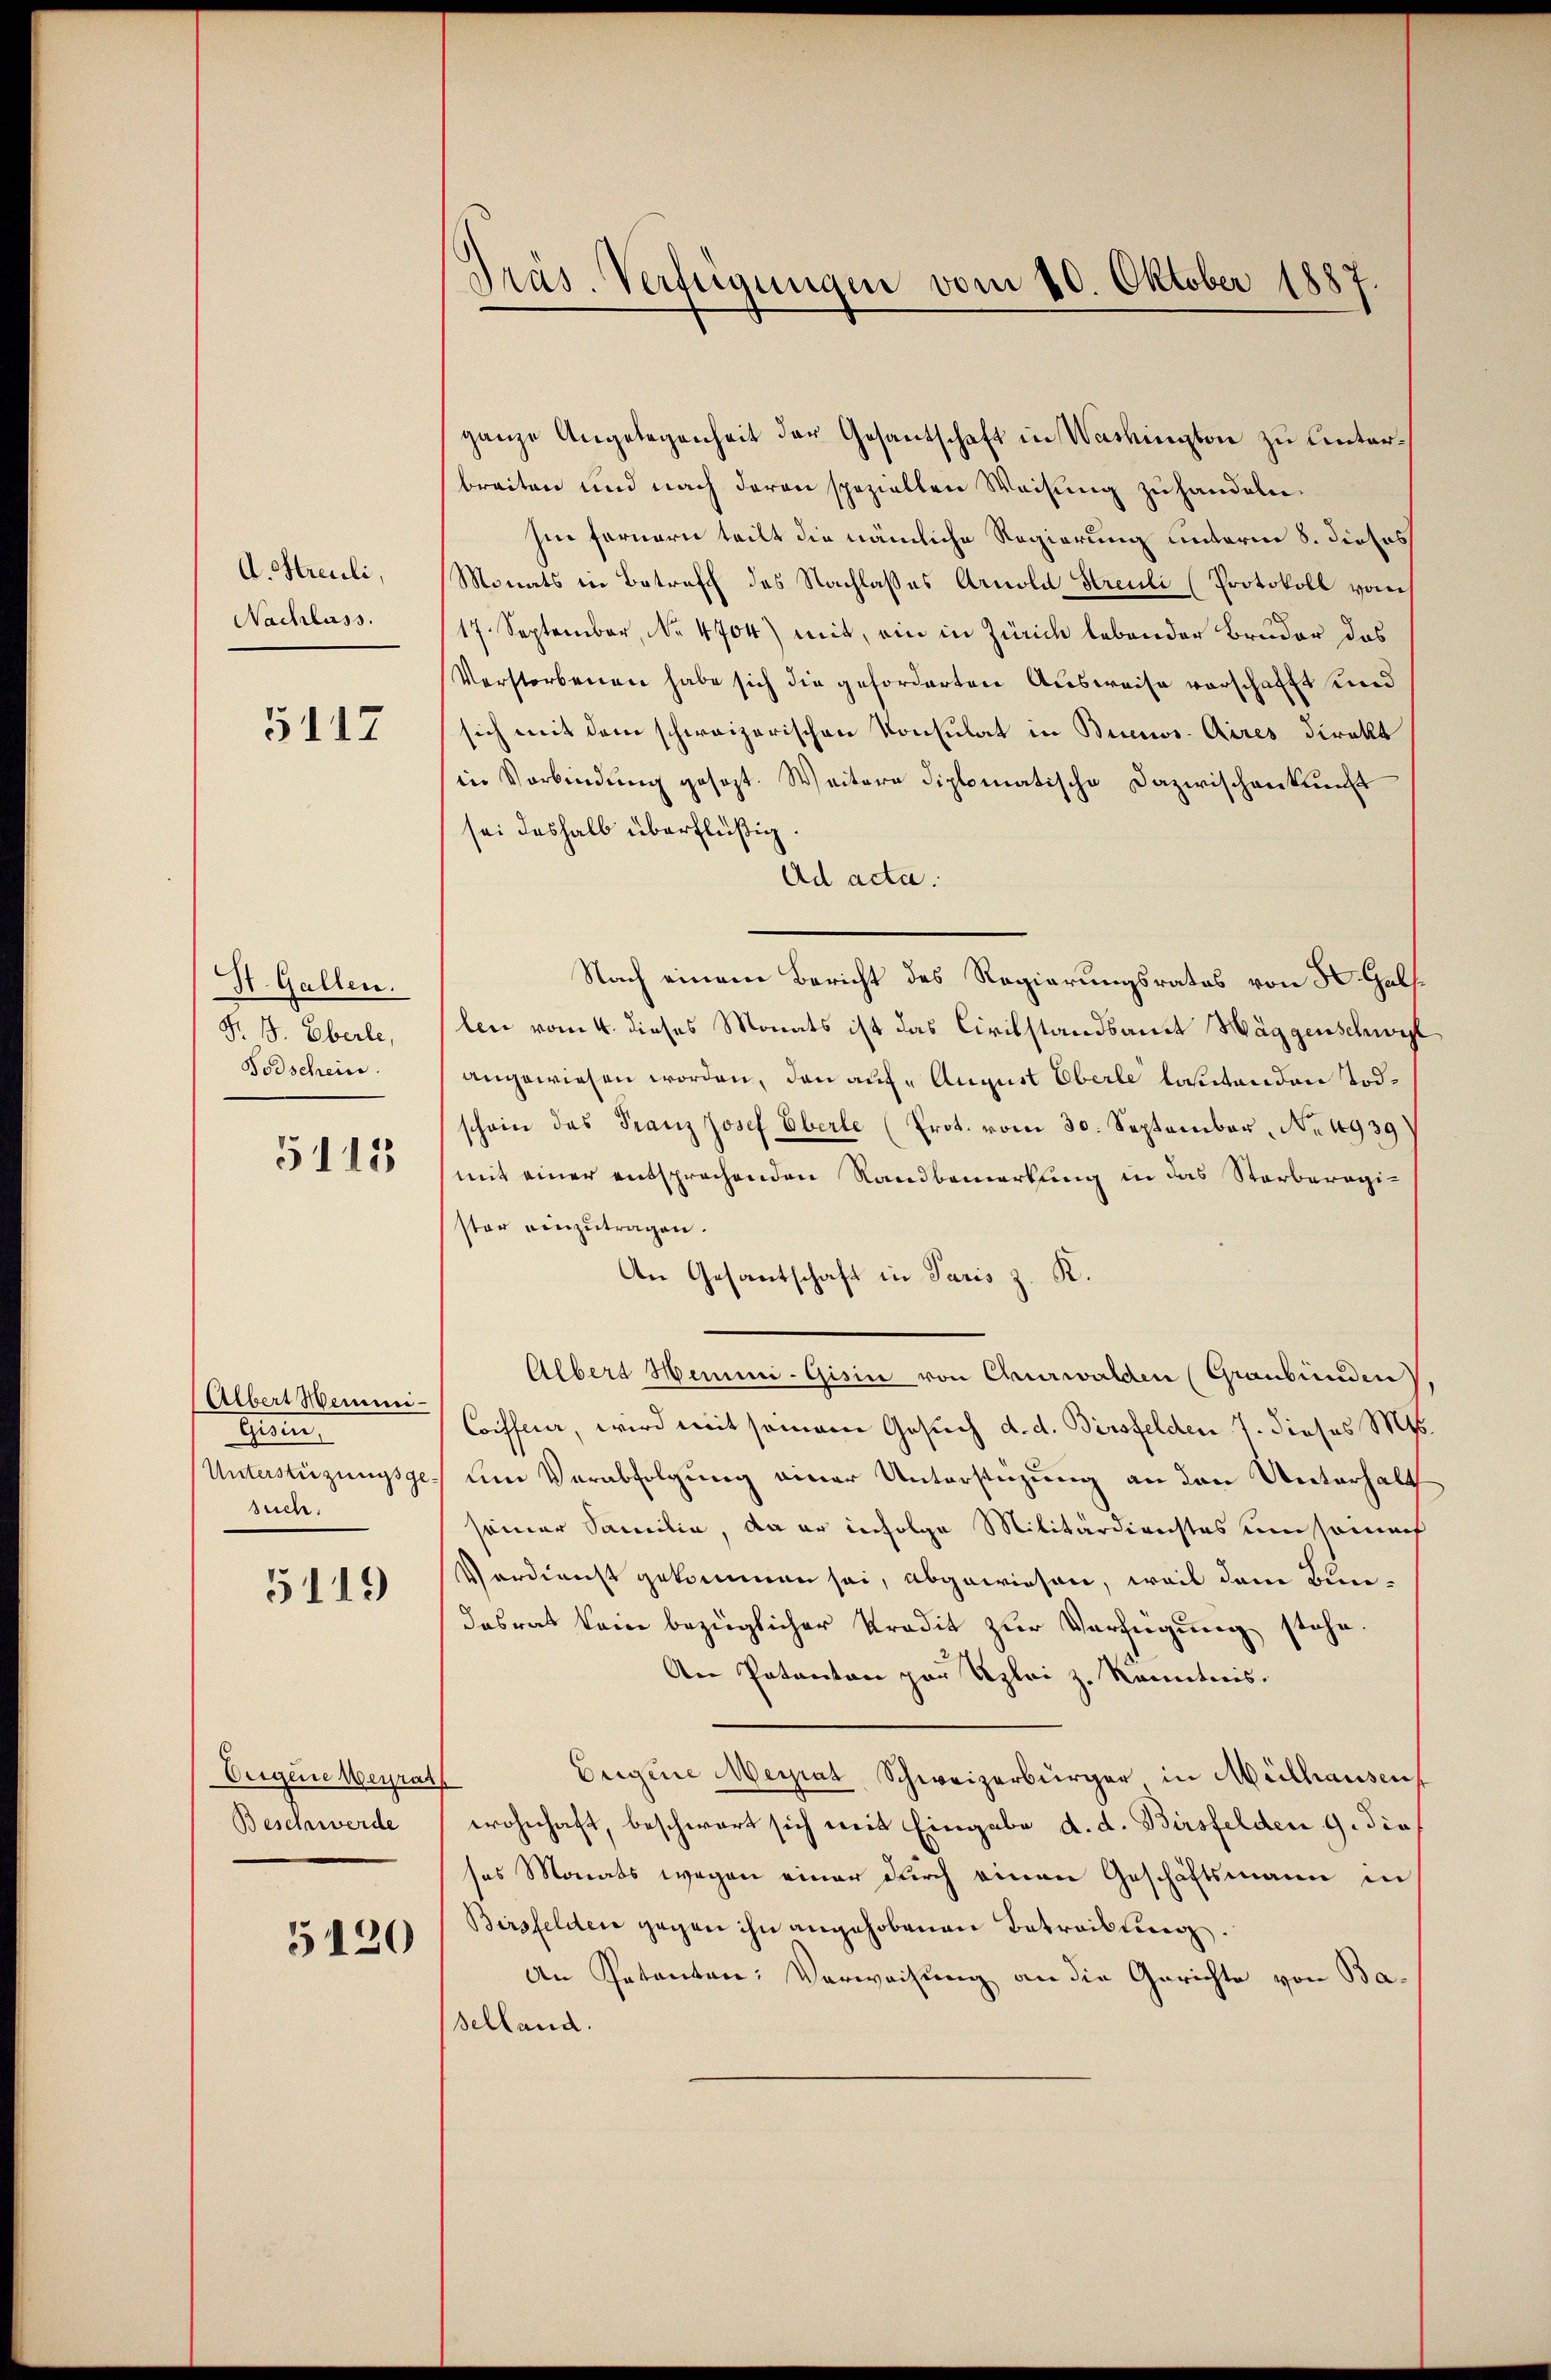
A. Streuli,
Nachlass.

5112

St. Gallen.
Fr. 1. Eberle,
Todschein.

5115

Albert Meineni¬
Ehren
Unterstüzungsgesuch.

5119

Eigene Neurat
Beschwerde

5120

Präs. Verfügungen vom 20. Oktober 1887.

ganze Angelegenheit der Gesantschaft in Washington zu Unterbreiten und nach deren spezielten Weisung zu handeln.
Ine fernern teilt die nämliche Regierung unterm 8. dieses
Monats in Betreff des Nachlasses Arnold Streuli (Protokoll vom
17. September, No. 4704) mit, ein in Zürich lebender Bruder das
Verstorbenen habe sich die geforderten Ausweise vorschafft und
sich mit dem schweizerischen Konsulat in Buenos-Aires direkt
in Verbindŭng gesezt. Weitere diplomatische Dazwischenkung
sei deshalb überflüßig
Ad acta.
Nach einem Bericht des Regierungsrates von H. Galslen vom 4. dieses Monats ist das Civilstandsamt Wäggenschwel
angewiesen worden, den auf August Oberle lautenden Todschein das Franz Josef Eberle (Prot. vom 30. September, No 4939)
mit einer entsprechenden Randbemerkung in das Starbaragister einzutragen.
An Gesantschaft in Paris z. R.
Albert Hemmi-Gisin von Churwalden (Graubünden
Coiffer, wird mit seinen Gesuch d. d. Birsfelden 7. dieses M.
dem Verabfolgung einer Unterstüzung an den Unterhalt
seiner Familie, da er infolge Militärdienstes umsomet
Verdienst gekommen sei, abgewiesen, weil dem Bundasrat kein bezüglicher Predit zur Verfügung stehe.
An Patenten par Szlei z. Kenntnis.
Origine Meyrat Schweizerbürger in Mülhausen,
wohnhaft, beschwart sich weit Eingabe d. d. Birsfelden 9. die
sas Monats wegen einer durch einen Geschäftsmann in
Birsfelder gegen ihn angehobenen Betreibung.
An Petenten: Verwachung an die Gerichte von Ba¬
Selland.